Annual administration report of the Civil Veterinary Department of India - 1896-1897
Year: 1896
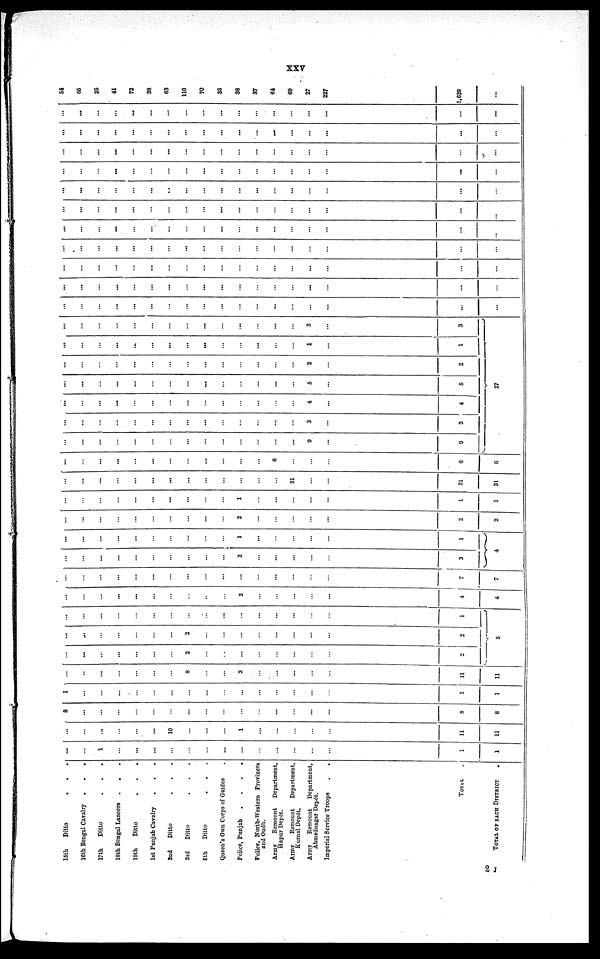
XXV
15th
Ditto . . .
16th Bengal Cavalry .
.
.
17th
Ditto . . .
18th Bengal Lancers .
19th
Ditto
1st Punjab Cavalry
2nd
Ditto
3rd
Ditto
5th
Ditto
Queen's Own Corps of Guides
Police, Punjab
.
.
.
.
Police, North-Western Provinces
and Oudh.
Army
Remount
Department,
Hapur Depôt.
Army
Remount
Department,
Kurnal Depôt.
Army
Remount
Department,
Ahmednagar Depôt.
Imperial Service Troops . .
TOTAL
TOTAL OF EACH DISTRICT
...
...
1
...
...
...
...
...
...
...
...
...
...
...
...
...
1
1
...
...
...
...
...
...
10
...
...
...
1
...
...
...
...
...
11
11
8
...
...
...
...
...
...
...
...
...
...
...
...
...
...
...
8
8
1
...
...
...
...
...
...
...
...
...
...
...
...
...
...
...
1
1
...
...
...
...
...
...
...
8
...
...
3
...
...
...
...
...
11
11
...
...
...
...
...
...
...
2
...
...
...
...
...
...
...
...
2
...
...
...
...
...
...
...
2
...
...
...
...
...
...
...
...
2
...
...
...
...
...
...
...
...
...
...
...
...
...
...
...
...
1
5
...
...
...
...
...
...
...
...
...
...
2
...
...
...
...
...
4
4
...
...
...
...
...
...
...
...
...
...
...
...
...
...
...
...
7
7
...
...
...
...
...
...
...
...
...
...
3
...
...
...
...
...
3
...
...
...
...
...
...
...
...
...
...
1
...
...
...
...
...
1
4
...
...
...
...
...
...
...
...
...
...
2
...
...
...
...
...
...
2
2
...
...
...
...
...
...
...
...
...
...
1
...
...
...
...
...
1
1
...
...
...
...
...
...
...
...
...
...
...
...
...
31
...
...
31
31
...
...
...
...
...
...
...
...
...
...
...
...
6
...
...
...
6
6
...
...
...
...
...
...
...
...
...
...
...
...
...
...
9
...
9
...
...
...
...
...
...
...
...
...
...
...
...
...
...
3
...
3
...
...
...
...
...
...
...
...
...
...
...
...
...
...
4
...
4
...
...
...
...
...
...
...
...
...
...
...
...
...
...
5
...
5
...
...
...
...
...
...
...
...
...
...
...
...
...
...
2
...
2
...
...
...
...
..
...
...
...
...
...
...
...
...
...
1
...
1
...
...
...
...
...
...
...
...
...
...
...
...
...
...
3
...
3
27
...
...
...
...
...
...
...
...
...
...
...
...
...
...
...
...
...
...
...
...
...
...
...
...
...
...
...
...
...
...
...
...
...
...
...
...
...
...
...
...
...
...
...
...
...
...
...
...
...
...
...
...
...
...
...
...
...
...
...
...
...
...
...
...
...
...
...
...
...
...
...
...
...
...
...
...
...
...
...
...
...
...
...
...
...
...
...
...
...
...
...
...
...
...
...
...
...
...
...
...
...
...
...
...
...
...
...
...
...
...
...
...
...
...
...
...
...
...
...
...
...
...
...
...
...
...
...
...
...
...
...
...
...
...
...
...
...
...
...
...
...
...
...
...
...
...
...
...
...
...
...
...
...
...
...
...
...
...
...
...
...
...
...
...
...
...
...
...
...
...
...
...
...
...
...
...
...
...
...
...
...
...
...
...
...
...
...
...
...
...
...
...
...
...
...
...
...
...
54
65
25
41
72
38
63
110
70
35
38
37
64
69
27
227
1,629
...
2 J